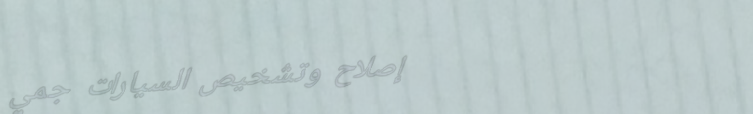
إصلاح وتشخيص السيارات جمي